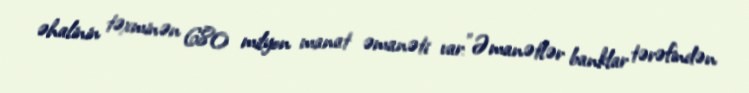
əhalinin təxminən 680 milyon manat əmanəti var:"Əmanətlər banklar tərəfindən